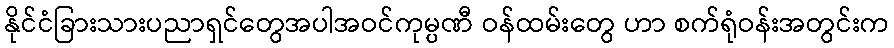
နိုင်ငံခြားသားပညာရှင်တွေအပါအဝင်ကုမ္ပဏီ ဝန်ထမ်းတွေ ဟာ စက်ရုံဝန်းအတွင်းက